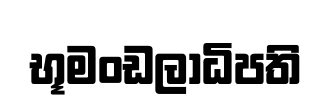
භූමංඩලාධිපති